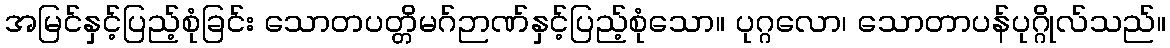
အမြင်နှင့်ပြည့်စုံခြင်း သောတပတ္တိမဂ်ဉာဏ်နှင့်ပြည့်စုံသော။ ပုဂ္ဂလော၊ သောတာပန်ပုဂ္ဂိုလ်သည်။